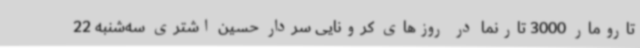
تارومار 3000 تارنما در روزهای کرونایی سردار حسین اشتری سه‌شنبه 22